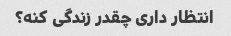
انتظار داری چقدر زندگی کنه؟